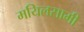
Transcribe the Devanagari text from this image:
मयिलसामी